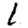
Digit: 1